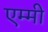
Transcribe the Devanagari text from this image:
एम्‍मी